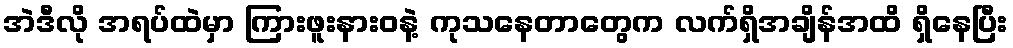
အဲဒီလို အရပ်ထဲမှာ ကြားဖူးနားဝနဲ့ ကုသနေတာတွေက လက်ရှိအချိန်အထိ ရှိနေပြီး